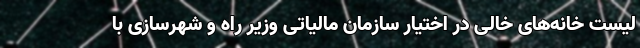
لیست خانه‌های خالی در اختیار سازمان مالیاتی وزیر راه و شهرسازی با